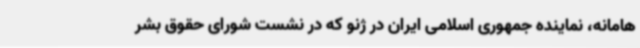
هامانه، نماینده جمهوری اسلامی ایران در ژنو که در نشست شورای حقوق بشر